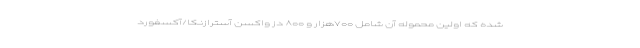
شده که اولین محموله آن شامل ۷۰۰هزار و ۸۰۰ دز واکسن آسترازنکا/آکسفورد